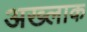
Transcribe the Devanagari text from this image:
अख्लाक